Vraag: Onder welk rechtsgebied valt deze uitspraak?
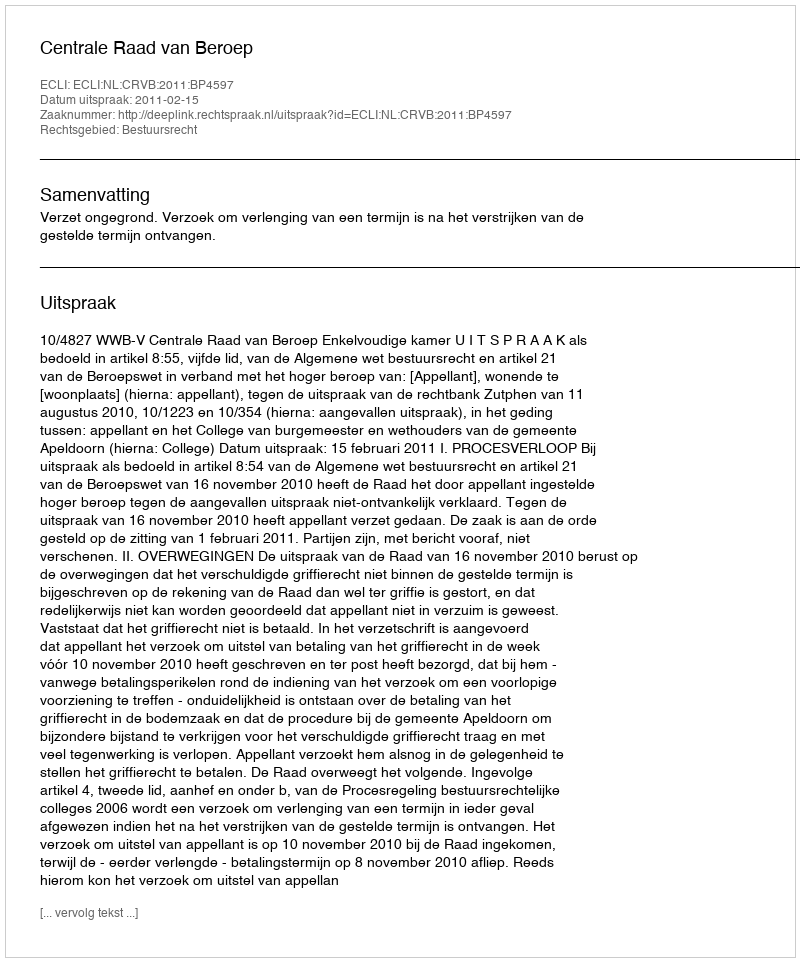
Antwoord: Bestuursrecht